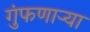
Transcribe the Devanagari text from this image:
गुंफणार्‍या